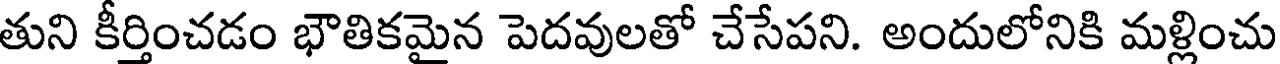
తుని కీర్తించడం భౌతికమైన పెదవులతో చేసేపని. అందులోనికి మళ్లించు